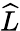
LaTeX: \widehat{L}